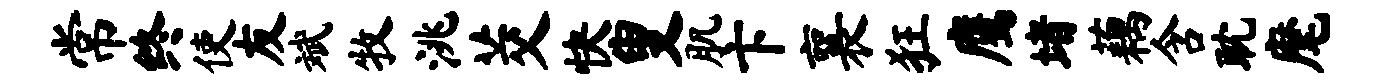
常终使友斌牧洮茭快叟肌卞襄狂鹰堵藕含耽麾